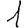
Digit: 1